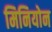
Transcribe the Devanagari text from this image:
मिनियोन